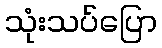
သုံးသပ်ပြော